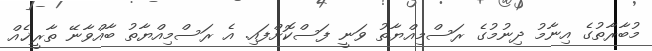
މުބާރާތުގެ އިނާމު ދިނުމުގެ ރަސްމިއްޔާތު ވަނީ ފަސްކޮށްފައި. އެ ރަސްމިއްޔާތު ބާއްވާނޭ ތާރީޚެއް